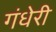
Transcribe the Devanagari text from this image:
गंधेरी